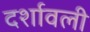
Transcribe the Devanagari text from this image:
दर्शावली